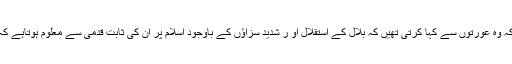
ام مرثد بھی ان تمام چیزوں سے باخبر تھیں،کہتے ہیں کہ وہ عورتوں سے کہا کرتی تھیں کہ بلال کے استقلال او ر شدید سزاؤں کے باوجود اسلام پر ان کی ثابت قدمی سے معلوم ہوتاہے کہ یہ مذہب واقعی سچاہےاور محمدﷺ ضرور صادق ہیں۔